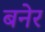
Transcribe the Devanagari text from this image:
बनेर